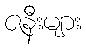
ဇနီးများ